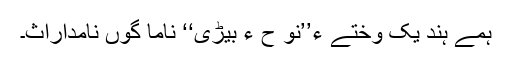
ہمے ہند یک وختے ءَ’’نو ح ءِ بیڑی‘‘ ناما گوں نامداراث۔